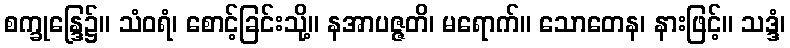
စက္ခုန္ဒြေ၌။ သံဝရံ၊ စောင့်ခြင်းသို့။ နအာပဇ္ဇတိ၊ မရောက်။ သောတေန၊ နားဖြင့်။ သဒ္ဒံ၊